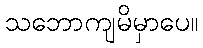
သဘောကျမိမှာပေ။